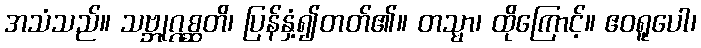
အသံသည်။ သဗ္ဘုဂ္ဂစ္ဆတိ၊ ပြန်နှံ့၍တတ်၏။ တသ္မာ၊ ထိုကြောင့်။ ဧဝရူပေါ၊